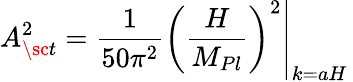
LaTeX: A_{\sc t}^{2}={\frac{1}{50\pi^{2}}}\left.\left({\frac{H}{M_{Pl}}}\right)^{2}\right|_{k=aH}\,